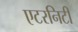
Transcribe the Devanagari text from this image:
एटरनिटी